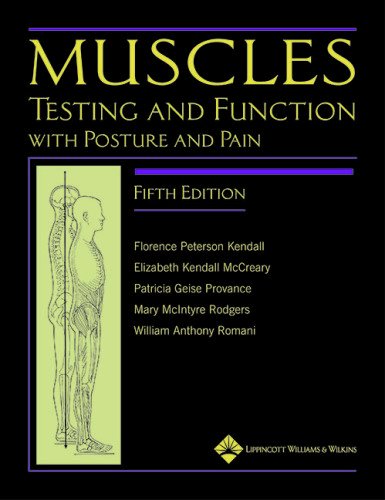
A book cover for Muscles: Testing and Function, with Posture and Pain (Kendall, Muscles); Florence Peterson Kendall; Medical Books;